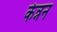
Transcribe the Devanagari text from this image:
केन्नन